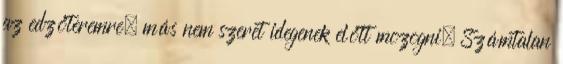
az edzőteremre, más nem szeret idegenek előtt mozogni. Számtalan